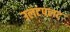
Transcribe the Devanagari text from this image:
उलटपलट